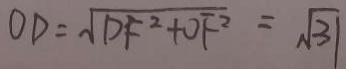
O D = \sqrt { D F ^ { 2 } + O F ^ { 2 } } = \sqrt { 3 1 }